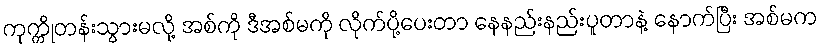
ကုက္ကိုတန်းသွားမလို့ အစ်ကို ဒီအစ်မကို လိုက်ပို့ပေးတာ နေနည်းနည်းပူတာနဲ့ နောက်ပြီး အစ်မက